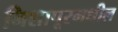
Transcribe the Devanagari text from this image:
निशापूरमधील